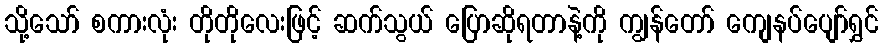
သို့သော် စကားလုံး တိုတိုလေးဖြင့် ဆက်သွယ် ပြောဆိုရတာနဲ့ကို ကျွန်တော် ကျေနပ်ပျော်ရွှင်